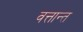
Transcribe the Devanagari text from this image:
वत्तान्त